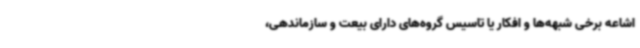
اشاعه برخی شبهه‌ها و افکار یا تاسیس گروه‌های دارای بیعت و سازماندهی،